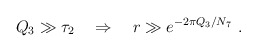
\begin{align*}Q_3 \gg \tau_2 \quad \Rightarrow \quad r \gg e^{-2\pi Q_3/N_7}\ .\end{align*}